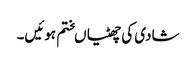
شادی کی چھٹیاںختم ہوئیں۔